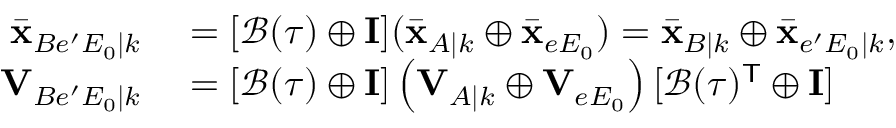
\begin{array} { r l } { \bar { \mathbf { x } } _ { B e ^ { \prime } E _ { 0 } | k } } & { { } = [ \mathcal { B } ( \tau ) \oplus \mathbf { I ] } ( \bar { \mathbf { x } } _ { A | k } \oplus \bar { \mathbf { x } } _ { e E _ { 0 } } ) = \bar { \mathbf { x } } _ { B | k } \oplus \bar { \mathbf { x } } _ { e ^ { \prime } E _ { 0 } | k } , } \\ { \mathbf { V } _ { B e ^ { \prime } E _ { 0 } | k } } & { { } = [ \mathcal { B } ( \tau ) \oplus \mathbf { I } ] \left( \mathbf { V } _ { A | k } \oplus \mathbf { V } _ { e E _ { 0 } } \right) [ \mathcal { B } ( \tau ) ^ { \mathsf { T } } \oplus \mathbf { I } ] } \end{array}